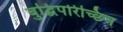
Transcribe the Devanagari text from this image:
बुद्धिपरिच्छिन्न